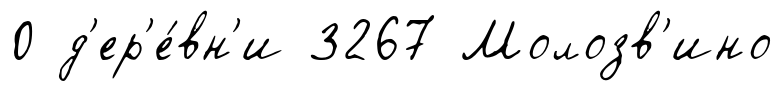
0 д'ер'е́вн'и 3267 Молозв'ино